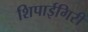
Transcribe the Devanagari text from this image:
शिपाईगिरी